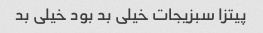
پیتزا سبزیجات خیلی بد بود خیلی بد